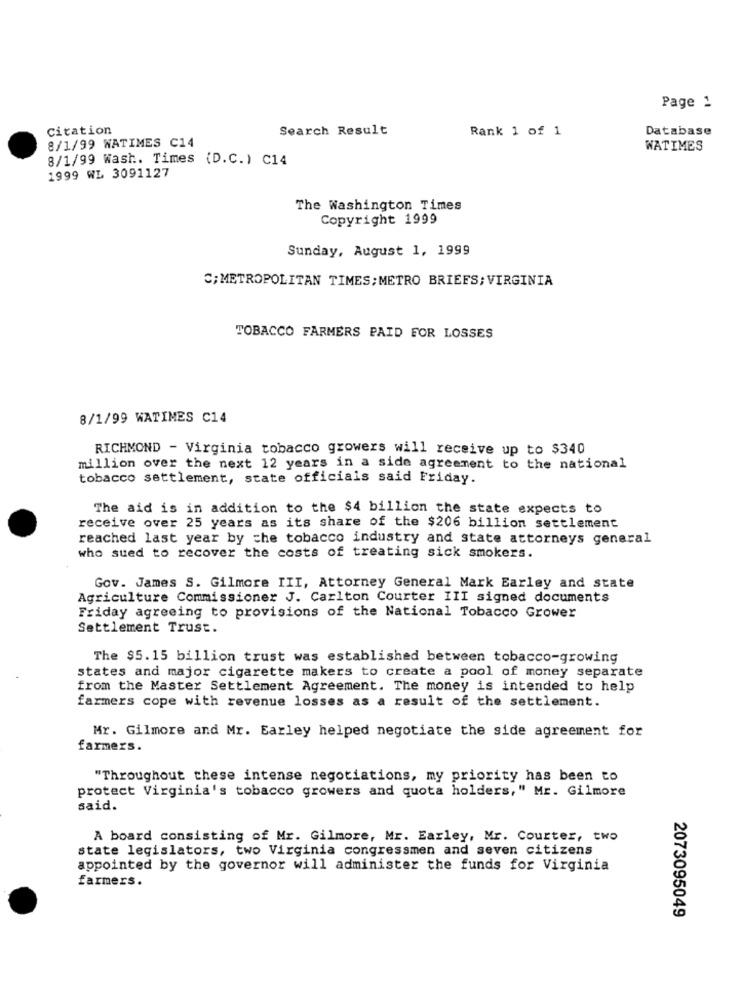
Page 1
Citation
Search Result
Rank 1 of 1
Database
8/1/99 WATIMES C14
WATIMES
8/1/99 Wash. Times (D.C.) C14
1999 WL 3091127
The Washington Times
Copyright 1999
Sunday, August 1, 1999
C; METROPOLITAN TIMES; METRO BRIEFS; VIRGINIA
TOBACCO FARMERS PAID FOR LOSSES
8/1/99 WATIMES C14
RICHMOND - Virginia tobacco growers will receive up to $340
million over the next 12 years in a side agreement to the national
tobacco settlement, state officials said Friday.
The aid is in addition to the $4 billion the state expects to
receive over 25 years as its share of the $206 billion settlement
reached last year by the tobacco industry and state attorneys general
who sued to recover the costs of treating sick smokers.
Gov. James S. Gilmore III, Attorney General Mark Earley and state
Agriculture Commissioner J. Carlton Courter III signed documents
Friday agreeing to provisions of the National Tobacco Grower
Settlement Trust.
The $5.15 billion trust was established between tobacco-growing
states and major cigarette makers to create a pool of money separate
from the Master Settlement Agreement. The money is intended to help
farmers cope with revenue losses as a result of the settlement.
Mr. Gilmore and Mr. Earley helped negotiate the side agreement for
farmers.
"Throughout these intense negotiations, my priority has been to
protect Virginia's tobacco growers and quota holders," Mr. Gilmore
said.
A board consisting of Mr. Gilmore, Mr. Earley, Mr. Courter, two
state legislators, two Virginia congressmen and seven citizens
appointed by the governor will administer the funds for Virginia
farmers.
2073095049